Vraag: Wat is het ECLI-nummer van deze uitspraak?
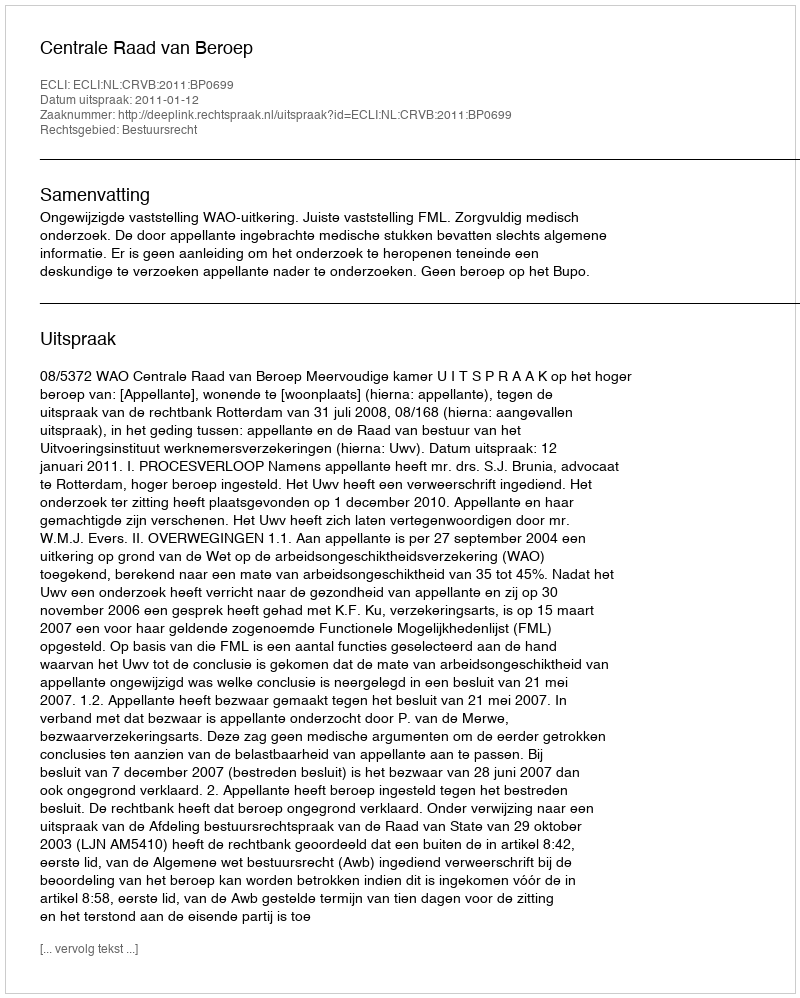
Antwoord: ECLI:NL:CRVB:2011:BP0699